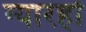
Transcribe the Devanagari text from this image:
ग्यारहों